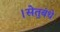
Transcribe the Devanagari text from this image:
।सेतुबंधे